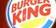
king